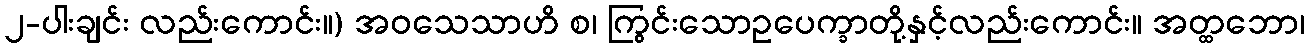
၂-ပါးချင်း လည်းကောင်း။) အဝသေသာဟိ စ၊ ကြွင်းသောဥပေက္ခာတို့နှင့်လည်းကောင်း။ အတ္ထဘော၊